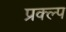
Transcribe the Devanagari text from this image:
प्रक्ल्प